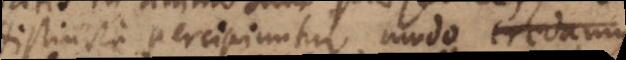
distincte percipiuntur, modo reminiscamur